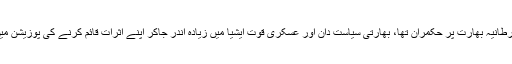
جب تک برطانیہ بھارت پر حکمران تھا، بھارتی سیاست دان اور عسکری قوت ایشیا میں زیادہ اندر جاکر اپنے اثرات قائم کرنے کی پوزیشن میں نہ تھے۔